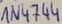
Text: IN4744